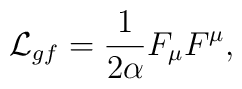
{\cal L}_{gf}=\frac 1{2\alpha }F_\mu F^\mu ,